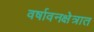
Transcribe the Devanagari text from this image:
वर्षावनक्षेत्रात